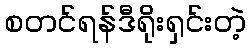
စတင်ရန်ဒီရိုးရှင်းတဲ့